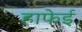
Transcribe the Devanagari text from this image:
हाफेई